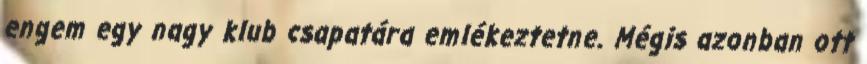
engem egy nagy klub csapatára emlékeztetne. Mégis azonban ott